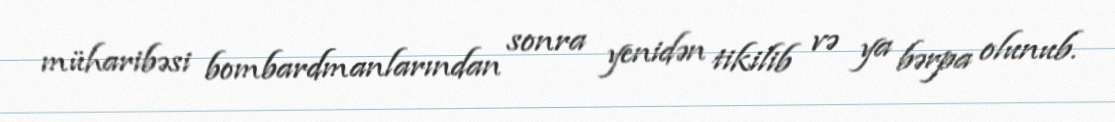
müharibəsi bombardmanlarından sonra yenidən tikilib və ya bərpa olunub.